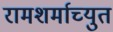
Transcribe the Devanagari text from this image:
रामशर्माच्युत